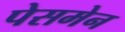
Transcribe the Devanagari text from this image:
पेसमेन